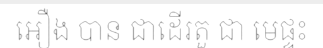
អឿង បាន ជាដើរតួ ជា មេផ្ទះ